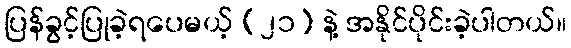
ပြန်ခွင့်ပြုခဲ့ရပေမယ့် (၂၁) နဲ့ အနိုင်ပိုင်းခဲ့ပါတယ်။